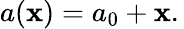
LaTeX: a(\mathbf{x})=a_{0}+\mathbf{x}.\,